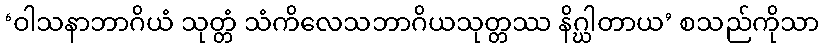
‘ဝါသနာဘာဂိယံ သုတ္တံ သံကိလေသဘာဂိယသုတ္တဿ နိဂ္ဃါတာယ’ စသည်ကိုသာ